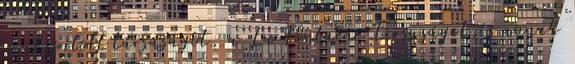
is alapított társaságot, a La Fontaine Társaságot, s annak